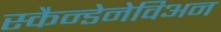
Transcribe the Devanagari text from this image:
स्कैन्डेनेविअन